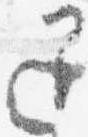
退